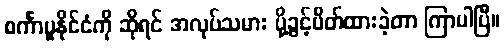
စင်္ကာပူနိုင်ငံကို ဆိုရင် အလုပ်သမား ပို့ခွင့်ပိတ်ထားခဲ့တာ ကြာပါပြီ။